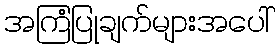
အကြံပြုချက်များအပေါ်